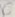
Text: C